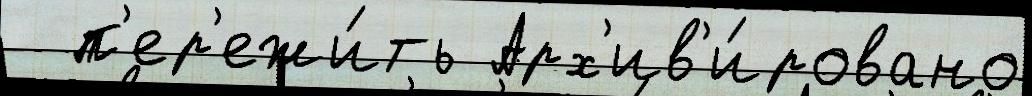
  п'ер'ежи́ть Арх'ив'и́ровано